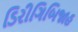
ડિરીગિબિજાહ